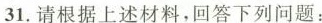
31.请根据上述材料，回答下列问题：